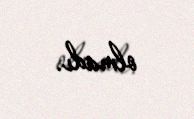
olmadı.